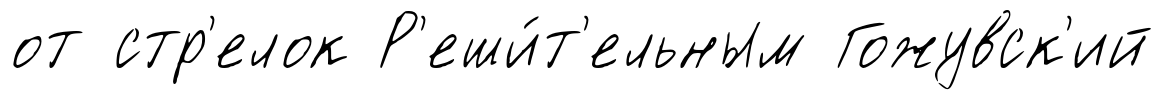
от стр'елок Р'еши́т'ельным Гожувск'ий